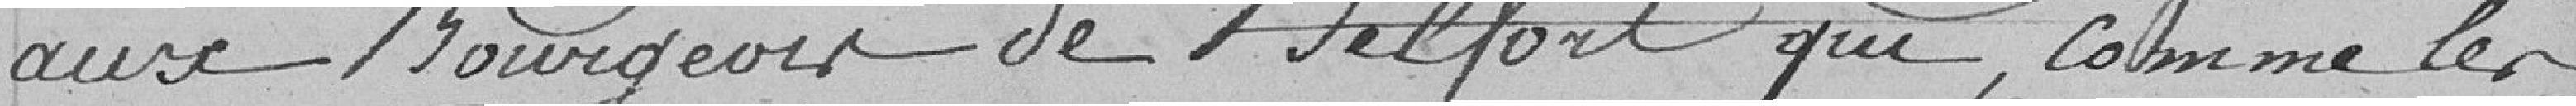
aux Bourgeois de Belfort qui comme les